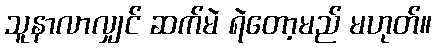
သူနာလာလျှင် ဆက်မဲ ရဲတော့မည် မဟုတ်။